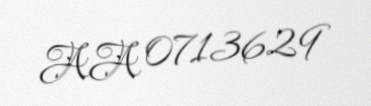
AA 0713629